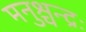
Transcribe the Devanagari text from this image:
मनुश्चन्द्रः